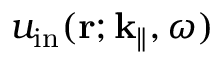
u _ { \mathrm { i n } } ( { \bf r } ; { \bf k } _ { \parallel } , \omega )